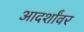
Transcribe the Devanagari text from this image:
आदर्शांवर